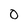
Character: 0